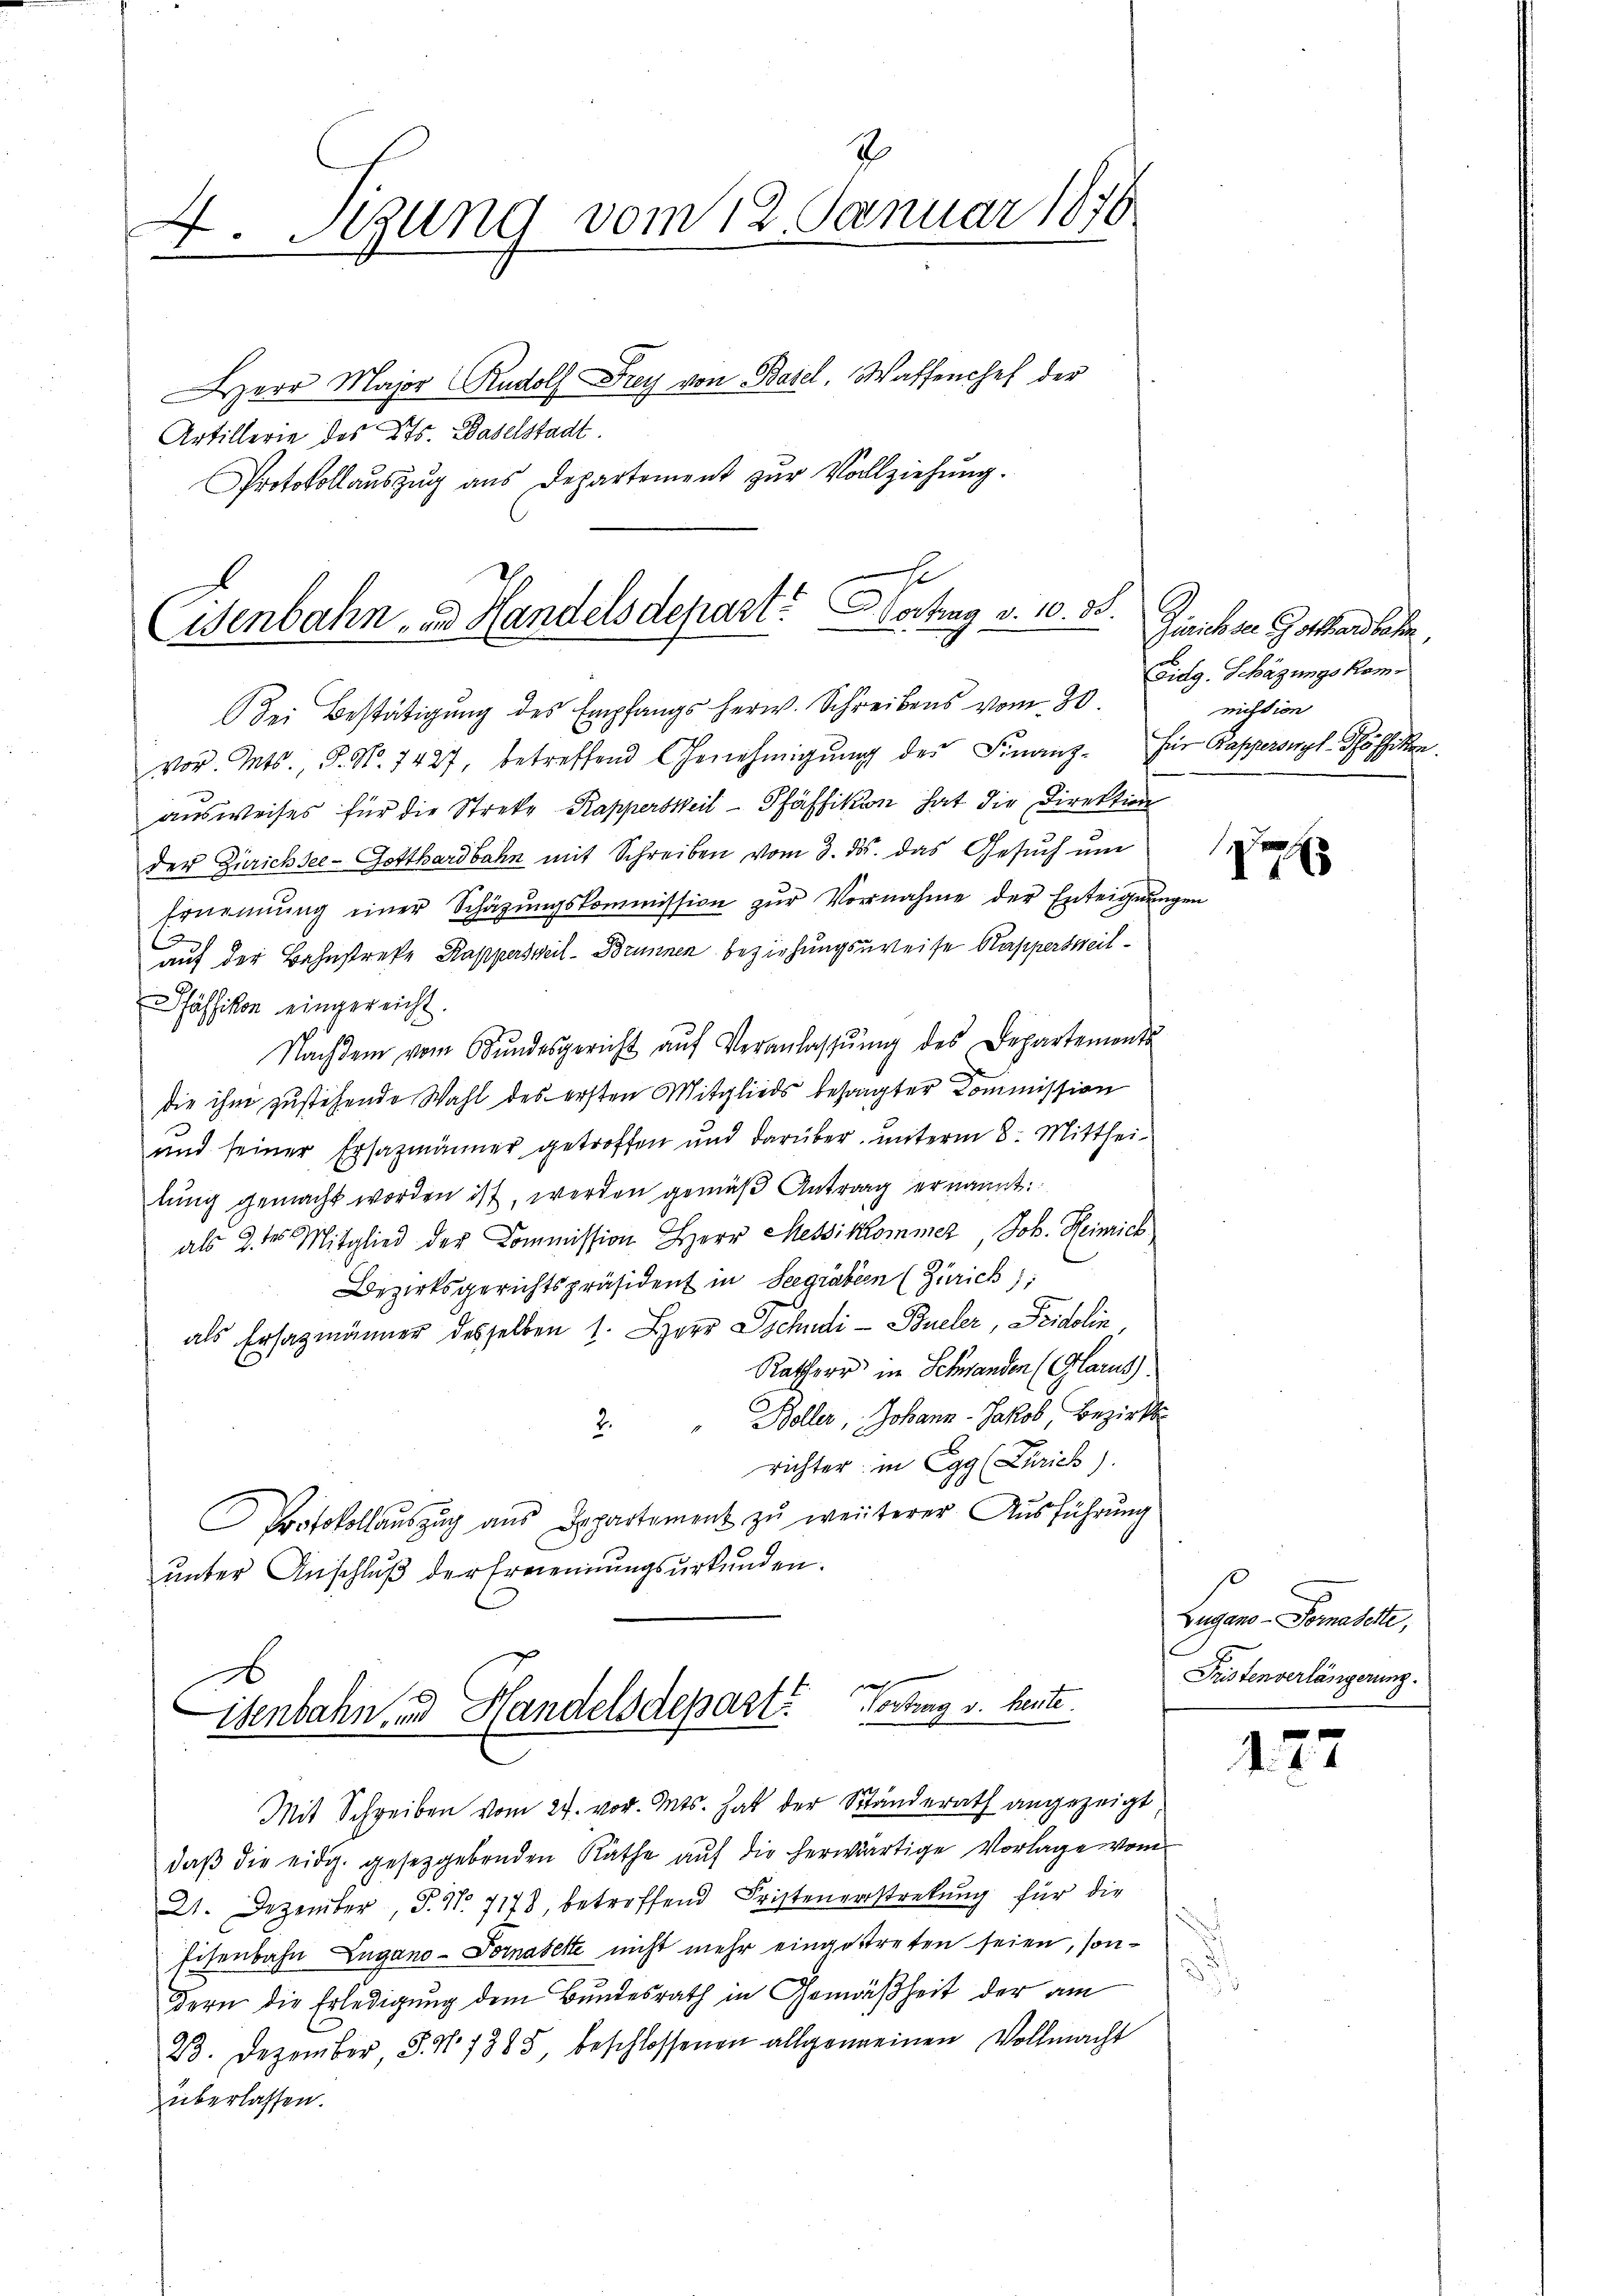
J
4
Sigung vom 12. Januar 1876
Herr Major Rudolf Frey von Basel, Waffenchef der
Artillerie des Kts. Baselstadt.
Protokollaŭszŭg ans Departement zŭr Vollziehŭng.

Eisenbahn- und Handelsdepart? Wortung v. 10. 83.
Bei Bestätigŭng des Empfangs herw. Schreibens vom 30.

vor. Mts., S. Nr. 7427, betreffend Genehmigŭng der Finanz- für Kapperonyl-Schäffikon.
ausweises für die Streke Kappersweil - Pfäffikon hat die Direktion
der Zürichsel- Gotthardbahn mit Schreiben vom 3. ds. das Gesuch um
Ernennung einer Schäzŭngskommission zŭr Vornahme der Enteignungen
auf der Bahnstrafe Kappersweil- Brunnen beziehungsureise Rappersweil¬
Pfäffikon eingereicht.
Nachdem vom Bŭndesgericht aŭf Veranlassŭng des Departements
die ihm zustehende Wahl des ersten Mitglieds besagter Commission
und seiner Ersazmänner getroffen und darüber, unterm 8. Mittheilung gemacht worden ist, werden gemäß Antrag ernannt:
als 2ter Mitglied der Commission Herr Messikommer, Joh. Heinrich
Bezirksgerichtspräsident in Seegräben (Zürich:
als Ersatzmänner desselben 1. Herr Tschudi - Büeler, Fridolin
Ratherr in Schwanden (Glarus.
Boller, Johann - Jakob, Bezirks
2.
richter in Egg (Zürich).
Protokollauszug aus Departament zŭ weiterer Ausführung
unter Anschluß der Ernennungsurkunden.
ah
isenbahn, und Handelsdepart? Vortrag v. heute.
Mit Schreiben vom 27. vor. Mts. hat der Standerath angezeigt
daβ die eidg. gesetzgebenden Räthe auf die herwärtige Vorlage vom
21. Dezember, P. Nr. 7178, betroffend Fristenerstreckung für die
Eisenbahn Zugano-Vornasette nicht mehr eingestreten seien, sondern die Erledigung dem Bundesrath in Gemäßheit der am
23. Dezember, S. N. 1385 beschlossenen allgemeinen Vollmacht
überlassen.

Zürichsen Gotthardbahn,
Fidg. Schäzungs Kommission

e

Zugano - Pomasette,
Jüstenverlängerung.

177